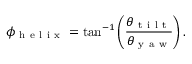
\phi _ { \mathrm { ~ h ~ e ~ l ~ i ~ x ~ } } = \tan ^ { - 1 } \left( \frac { \theta _ { \mathrm { ~ t ~ i ~ l ~ t ~ } } } { \theta _ { \mathrm { ~ y ~ a ~ w ~ } } } \right) .